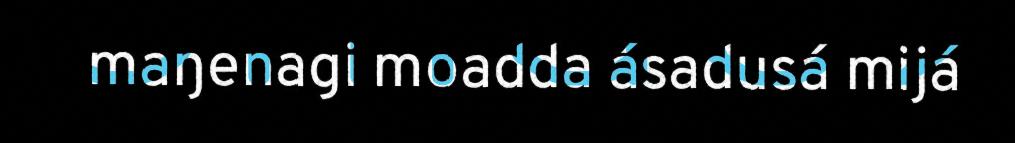
maŋenagi moadda ásadusá mijá